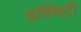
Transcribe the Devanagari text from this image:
इक्‍विटी